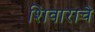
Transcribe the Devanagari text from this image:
शिवाराचे